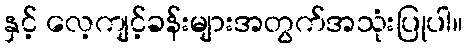
နှင့် လေ့ကျင့်ခန်းများအတွက်အသုံးပြုပါ။